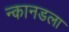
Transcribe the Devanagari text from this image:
न्कानडला